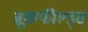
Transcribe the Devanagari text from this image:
ब्रूकफील्ड्स